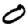
Digit: 0